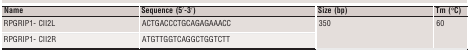
| Name | Sequence (5′‐3′) | Size (bp) | Tm (°C) |
 | --- | --- | --- | --- |
 | RPGRIP1‐ CII2L | ACTGACCCTGCAGAGAAACC | <ROWSPAN=2> 350 | <ROWSPAN=2> 60 |
 | RPGRIP1‐ CII2R | ATGTTGGTCAGGCTGGTCTT |